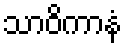
သာဝိကာနံ